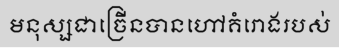
មនុស្សជាច្រើនបានហៅគំរោងរបស់